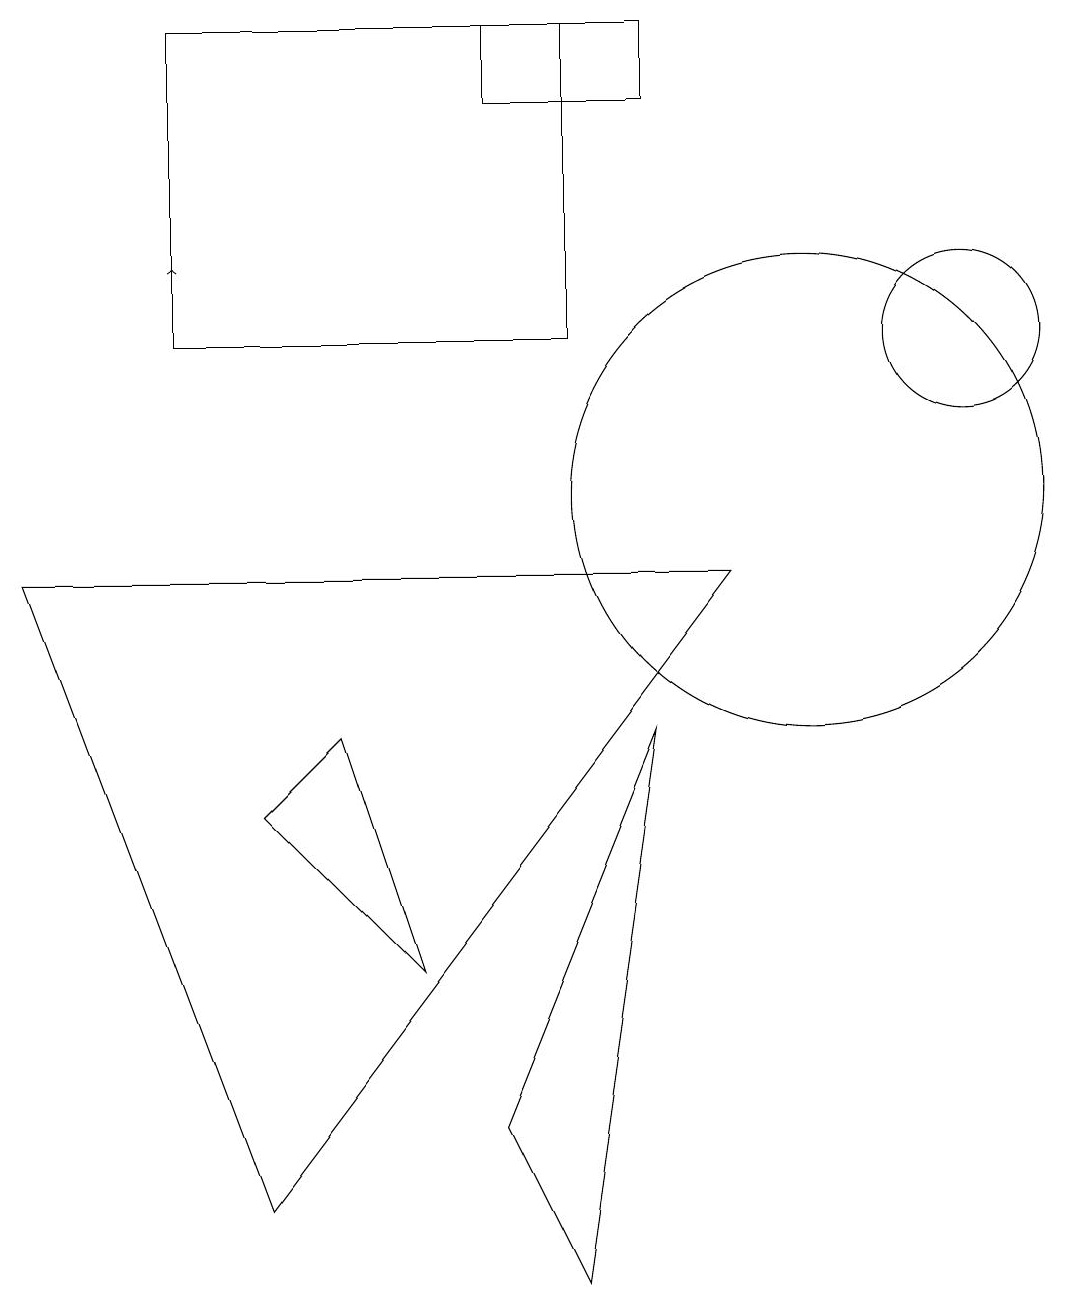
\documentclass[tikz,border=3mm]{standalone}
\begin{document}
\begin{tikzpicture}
\draw (7,12) rectangle (2,16);
\draw (8,16) rectangle (6,15);
\draw (4,7) -- (3,6) -- (5,4) -- cycle;
\draw (9,9) -- (0,9) -- (3,1) -- cycle;
\draw (10,10) circle (3);
\draw (6,2) -- (7,0) -- (8,7) -- cycle;
\draw[->] (2,13) -- (2,13);
\draw (12,12) circle (1);
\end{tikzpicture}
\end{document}